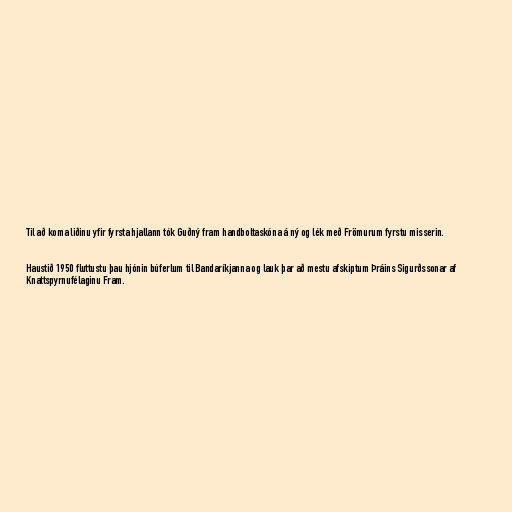
Til að koma liðinu yfir fyrsta hjallann tók Guðný fram handboltaskóna á ný og lék með Frömurum fyrstu misserin.

Haustið 1950 fluttustu þau hjónin búferlum til Bandaríkjanna og lauk þar að mestu afskiptum Þráins Sigurðssonar af
Knattspyrnufélaginu Fram.